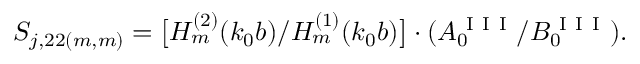
S _ { j , 2 2 ( m , m ) } = \big [ H _ { m } ^ { ( 2 ) } ( k _ { 0 } b ) / H _ { m } ^ { ( 1 ) } ( k _ { 0 } b ) \big ] \cdot ( A _ { 0 } ^ { \mathrm { ~ I ~ I ~ I ~ } } / B _ { 0 } ^ { \mathrm { ~ I ~ I ~ I ~ } } ) .